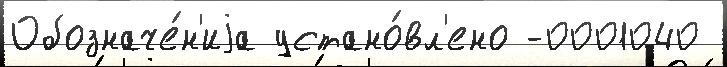
Обозначе́н'иjа устано́вл'ено -0001040